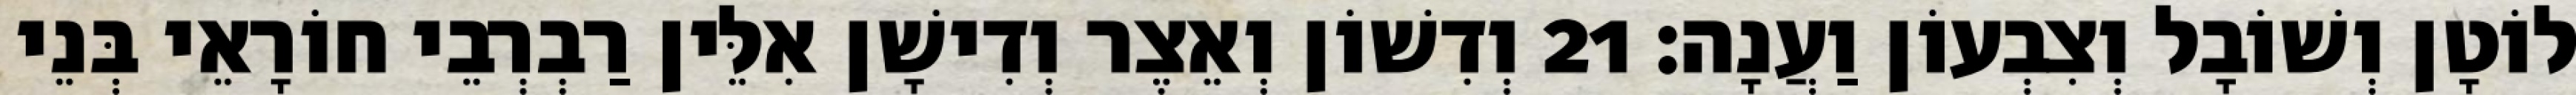
לוֹטָן וְשׁוֹבָל וְצִבְעוֹן וַעֲנָה׃ 21 וְדִשׁוֹן וְאֵצֶר וְדִישָׁן אִלֵּין רַבְרְבֵי חוֹרָאֵי בְּנֵי